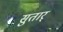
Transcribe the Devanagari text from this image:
सुतार्